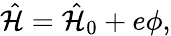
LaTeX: \hat{\mathcal{H}}=\hat{\mathcal{H}}_{0}+e\phi,